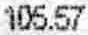
105.57